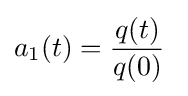
a_{1}(t)={\frac {q(t)}{q(0)}}\